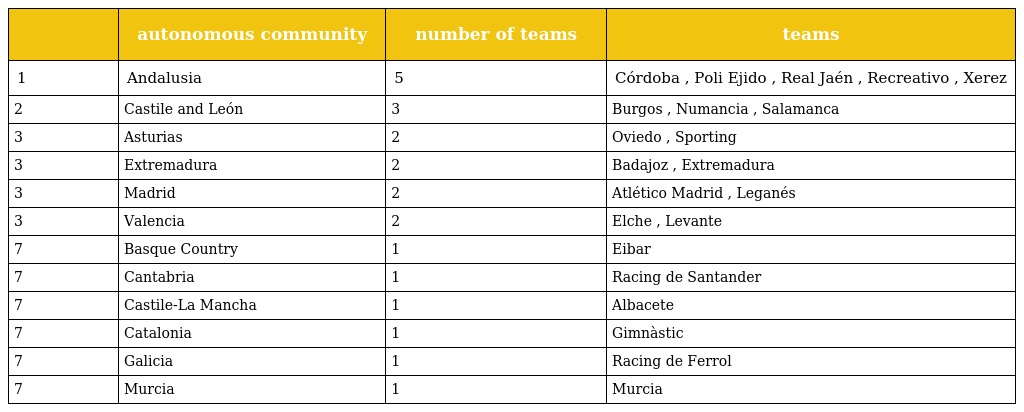
|  | autonomous community | number of teams | teams |
 | --- | --- | --- | --- |
 | 1 | Andalusia | 5 | Córdoba , Poli Ejido , Real Jaén , Recreativo , Xerez |
 | 2 | Castile and León | 3 | Burgos , Numancia , Salamanca |
 | 3 | Asturias | 2 | Oviedo , Sporting |
 | 3 | Extremadura | 2 | Badajoz , Extremadura |
 | 3 | Madrid | 2 | Atlético Madrid , Leganés |
 | 3 | Valencia | 2 | Elche , Levante |
 | 7 | Basque Country | 1 | Eibar |
 | 7 | Cantabria | 1 | Racing de Santander |
 | 7 | Castile-La Mancha | 1 | Albacete |
 | 7 | Catalonia | 1 | Gimnàstic |
 | 7 | Galicia | 1 | Racing de Ferrol |
 | 7 | Murcia | 1 | Murcia |